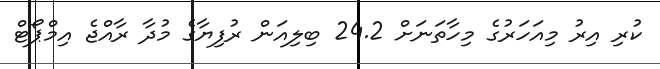
ކުރި އިރު މިއަހަރުގެ މިހާތަނަށް 24.2 ބިލިއަން ރުފިޔާގެ މުދާ ރާއްޖެ އިމްޕޯޓް